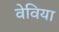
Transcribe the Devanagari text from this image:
वेविया